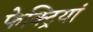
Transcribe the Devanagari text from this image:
फेक्ट्रियां